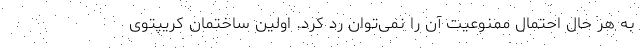
به هر حال احتمال ممنوعیت آن را نمی‌توان رد کرد. اولین ساختمان کریپتوی